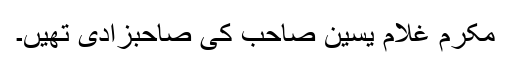
مکرم غلام یٰسین صاحب کی صاحبزادی تھیں۔